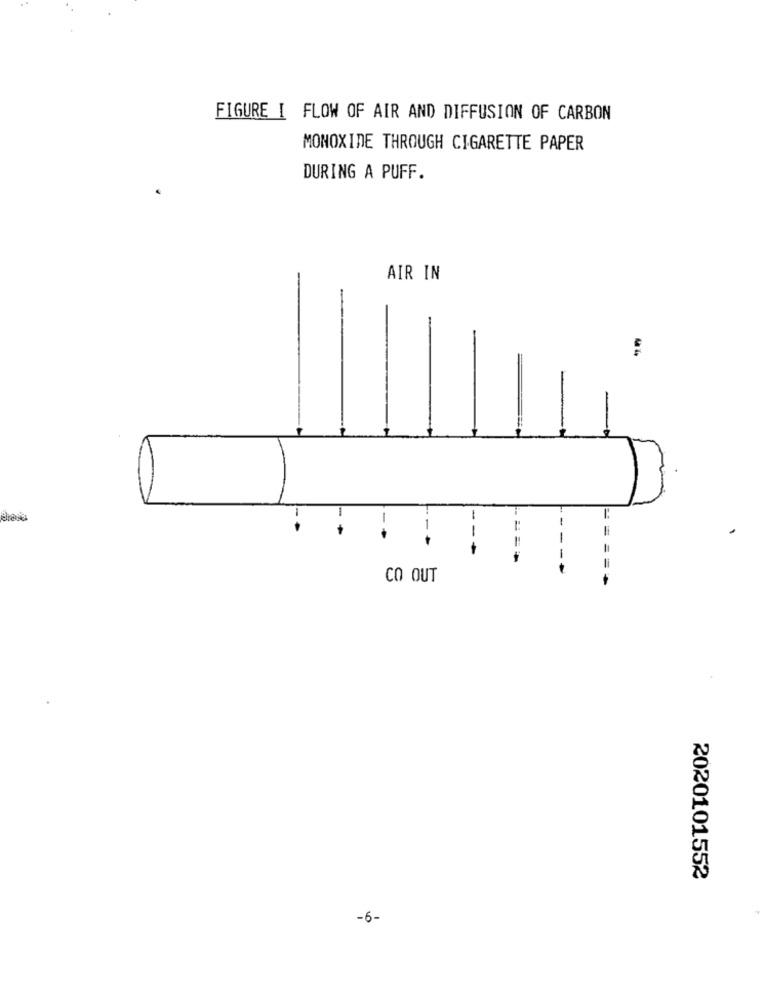
FIGURE I FLOW OF AIR AND DIFFUSION OF CARBON
MONOXIDE THROUGH CIGARETTE PAPER
DURING A PUFF.
AIR IN
1
-.
-*
1
== =
---
CO OUT
2020101552
-6-